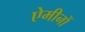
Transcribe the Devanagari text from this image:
ऐमीनों